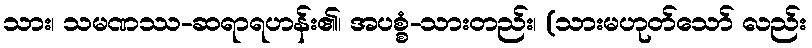
သား၊ သမဏဿ-ဆရာရဟန်း၏၊ အပစ္စံ-သားတည်း၊ (သားမဟုတ်သော် လည်း